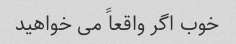
خوب اگر واقعاً می خواهید